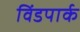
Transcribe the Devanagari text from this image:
विंडपार्क